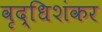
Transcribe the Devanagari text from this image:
वृद्धिशंकर